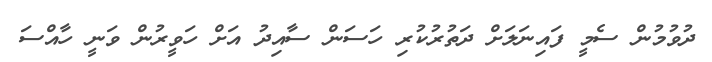
ދުވުމުން ސެމީ ފައިނަލަށް ދަތުރުކުރި ހަސަން ސާއިދު އަށް ހަވީރުން ވަނީ ހާއްސަ